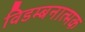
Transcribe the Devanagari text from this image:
विडम्बनात्मक